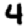
Digit: 4